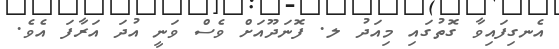
އެނގިފައިވާ ގޮތުގައި މިއަދު ލ. ފޮނަދޫއަށް ވެސް ވަނީ އުދަ އަރާފަ އެވެ.